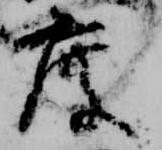
度